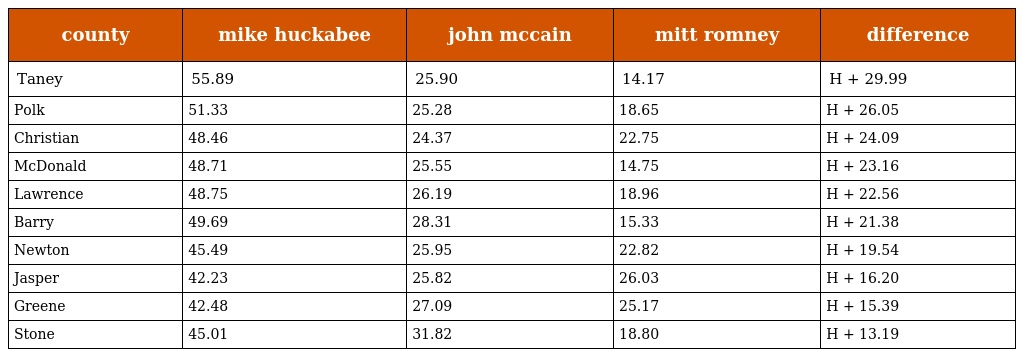
| county | mike huckabee | john mccain | mitt romney | difference |
 | --- | --- | --- | --- | --- |
 | Taney | 55.89 | 25.90 | 14.17 | H + 29.99 |
 | Polk | 51.33 | 25.28 | 18.65 | H + 26.05 |
 | Christian | 48.46 | 24.37 | 22.75 | H + 24.09 |
 | McDonald | 48.71 | 25.55 | 14.75 | H + 23.16 |
 | Lawrence | 48.75 | 26.19 | 18.96 | H + 22.56 |
 | Barry | 49.69 | 28.31 | 15.33 | H + 21.38 |
 | Newton | 45.49 | 25.95 | 22.82 | H + 19.54 |
 | Jasper | 42.23 | 25.82 | 26.03 | H + 16.20 |
 | Greene | 42.48 | 27.09 | 25.17 | H + 15.39 |
 | Stone | 45.01 | 31.82 | 18.80 | H + 13.19 |